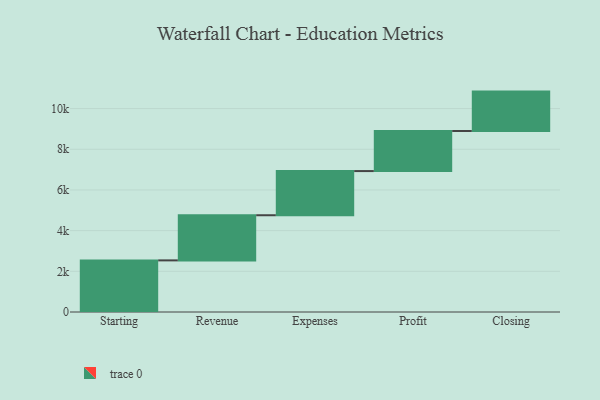
{"axis": {"x": "Step", "y": "Value"}, "legend": [""], "data": [{"x": "Starting", "y": 2538.0, "type": ""}, {"x": "Revenue", "y": 2219.0, "type": ""}, {"x": "Expenses", "y": 2172.0, "type": ""}, {"x": "Profit", "y": 1971.0, "type": ""}, {"x": "Closing", "y": 1936.0, "type": ""}]}